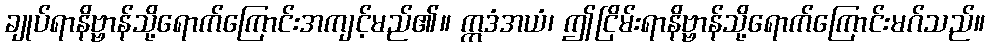
ချုပ်ရာနိဗ္ဗာန်သို့ရောက်ကြောင်းအကျင့်မည်၏။ ဣဒံအယံ၊ ဤငြိမ်းရာနိဗ္ဗာန်သို့ရောက်ကြောင်းမဂ်သည်။